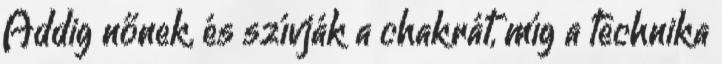
Addig nőnek, és szívják a chakrát, míg a technika